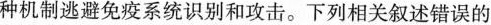
种免疫细胞，并通过多种机制逃避免疫系统识别和攻击。下列相关叙述错误的